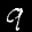
Label: 9